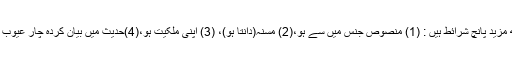
پانچویں بات : قربانی کو صحیح ہونے کے لئے اخلاص کے ساتھ مزید پانچ شرائط ہیں : (1) منصوص جنس میں سے ہو،(2) مسنہ(دانتا ہو)، (3) اپنی ملکیت ہو،(4)حدیث میں بیان کردہ چار عیوب سے پاک ہو،(5) قربانی کے جائز اوقات میں قربانی دی گئی ہو۔